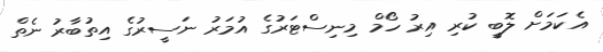
އެކަމަށް ލޮބީ ކުރި އިރު ހޯމް މިނިސްޓަރުގެ އުމަރު ނަސީރުގެ އިތުބާރު ނެތް